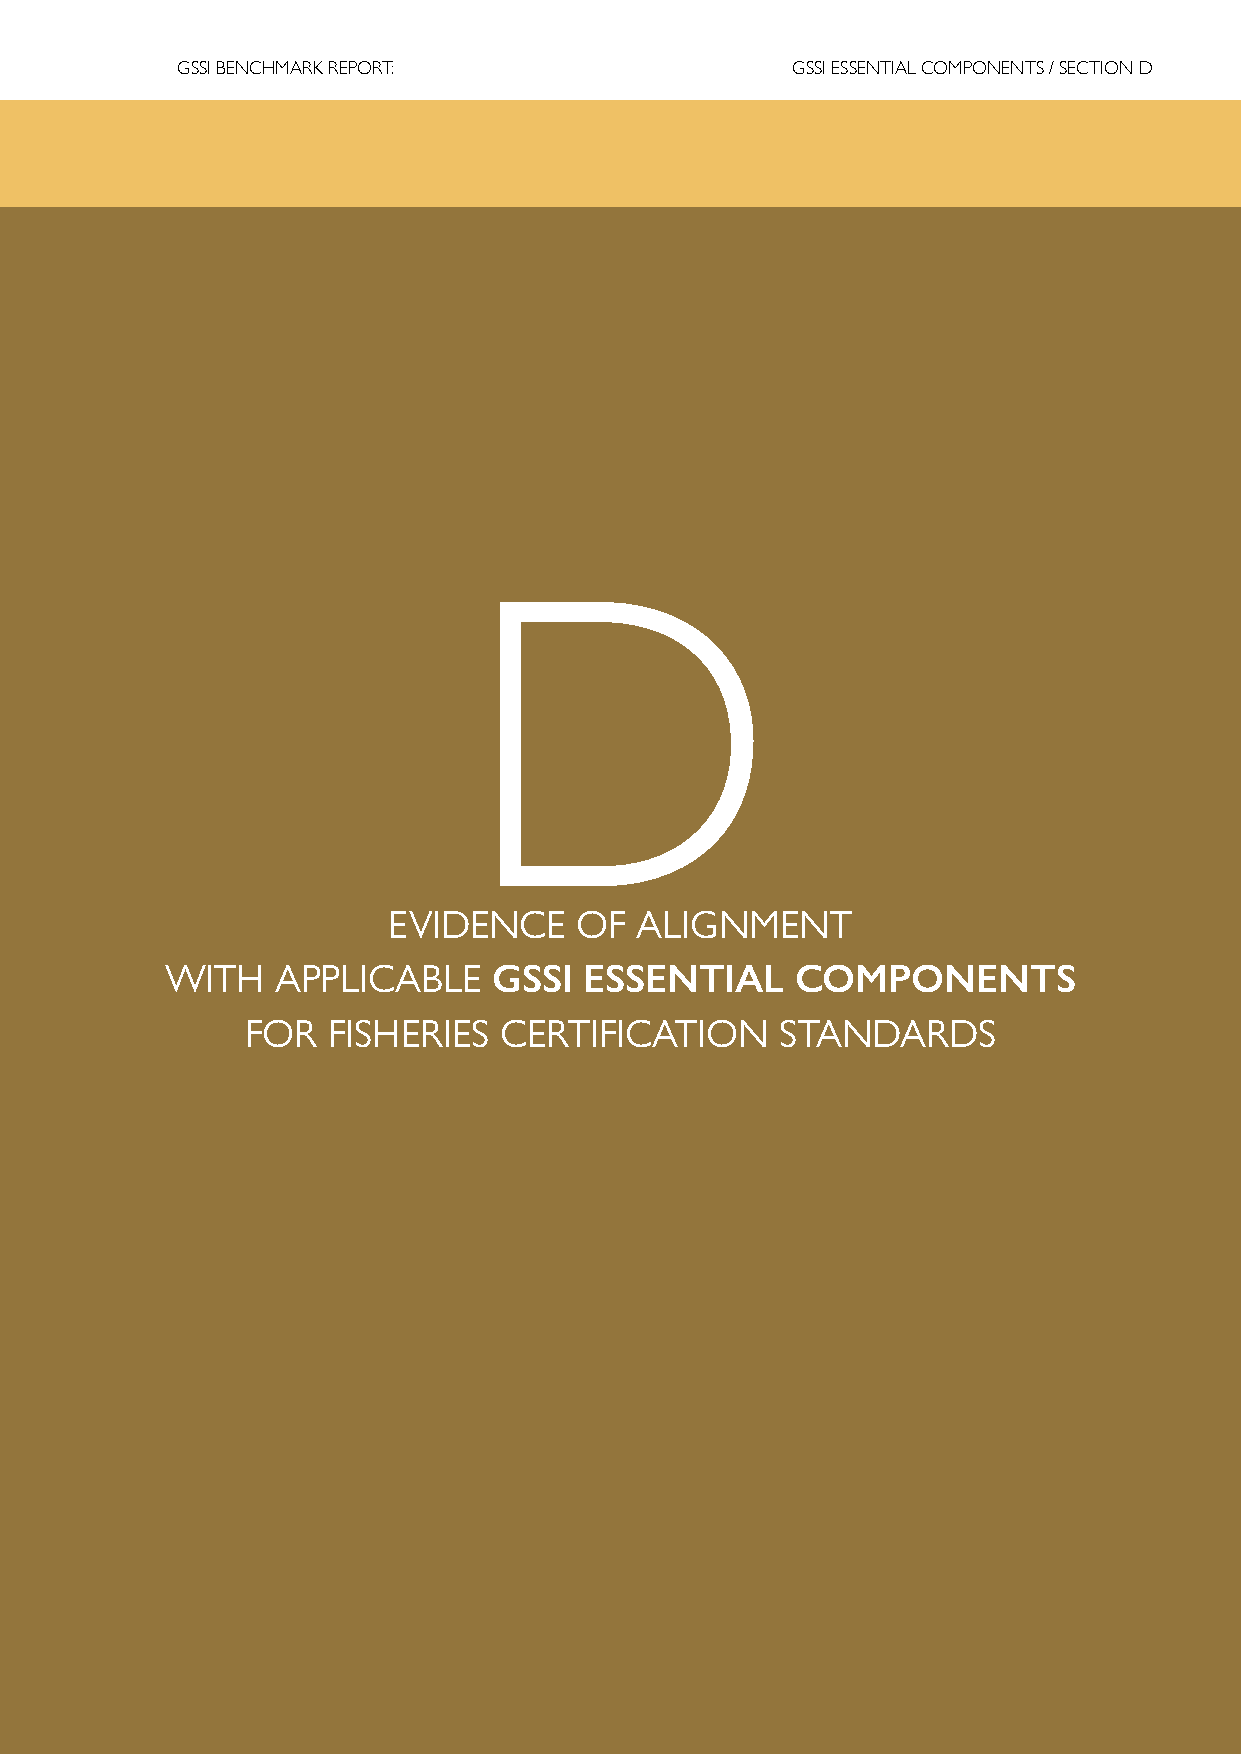
GSSI BENCHMARK REPORT:                  GSSI ESSENTIAL COMPONENTS / SECTION D
 D
 EVIDENCE    OF  ALIGNMENT
 WITH   APPLICABLE     GSSI  ESSENTIAL     COMPONENTS
 FOR   FISHERIES  CERTIFICATION      STANDARDS